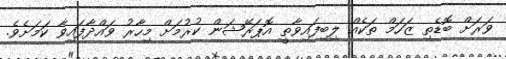
ވަރަށް ބޮޑެތި ޒަހަމް ތަކެއް ލިބިފައިވާތީ އޮޕަރޭޝަން ކުރުމަށް މިހާރު ވައްދާފައިވާ ކަމަށެވެ.